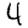
Digit: 4